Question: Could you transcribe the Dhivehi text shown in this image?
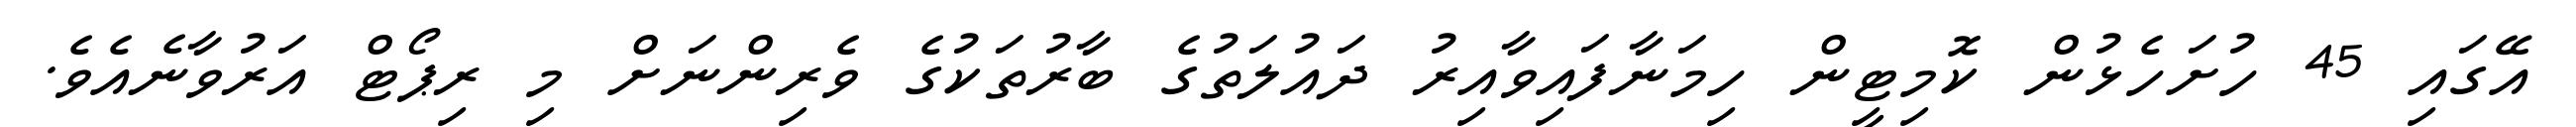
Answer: އޭގައި 45 ހުށަހެޅުން ކޮމިޓީން ހިމަނާފައިވާއިރު ދައުލަތުގެ ބާރުތަކުގެ ވެރިންނަށް މި ރިޕޯޓް އަރުވާނެއެވެ.